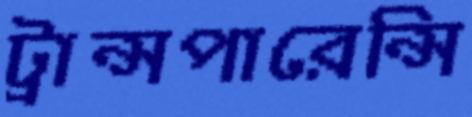
ট্রান্সপারেন্সি